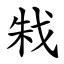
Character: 㦵